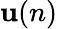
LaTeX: \mathbf{u}(n)